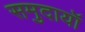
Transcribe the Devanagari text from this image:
समुदायॉ